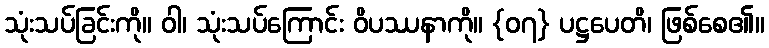
သုံးသပ်ခြင်းကို။ ဝါ၊ သုံးသပ်ကြောင်း ဝိပဿနာကို။ {၀၇} ပဋ္ဌပေတိ၊ ဖြစ်စေ၏။